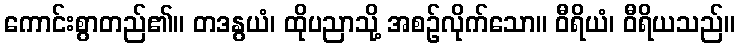
ကောင်းစွာတည်၏။ တဒနွယံ၊ ထိုပညာသို့ အစဉ်လိုက်သော။ ဝီရိယံ၊ ဝီရိယသည်။